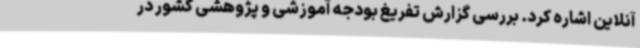
آنلاین اشاره کرد. بررسی گزارش تفریغ بودجه آموزشی و پژوهشی کشور در